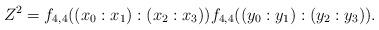
LaTeX: \begin{align*}Z^2=f_{4,4}((x_0:x_1):(x_2:x_3))f_{4,4}((y_0:y_1):(y_2:y_3)).\end{align*}